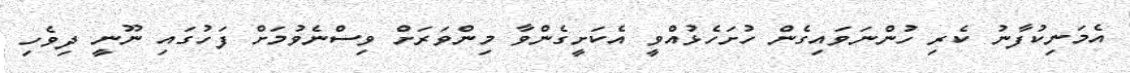
އެމަނިކުފާނު ކެރި ހުންނަވައިގެން ހުށަހެޅުއްވީ އެކަށީގެންވާ މިންވަރަށް ވިސްނެވުމަށް ފަހުގައި ނޫނީ ދިވެހި